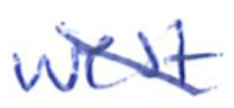
Text: West
Cross-out: mix
Writing tool: ballpoint